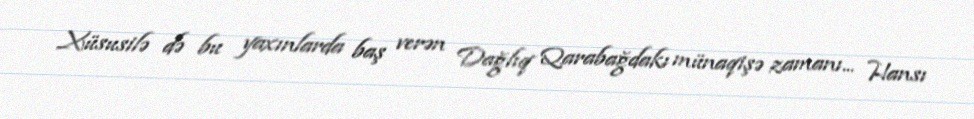
Xüsusilə də bu yaxınlarda baş verən Dağlıq Qarabağdakı münaqişə zamanı... Hansı